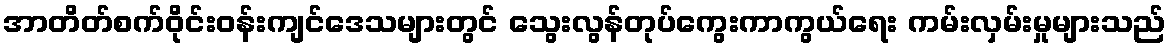
အာတိတ်စက်ဝိုင်းဝန်းကျင်ဒေသများတွင် သွေးလွန်တုပ်ကွေးကာကွယ်ရေး ကမ်းလှမ်းမှုများသည်